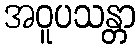
အဝူပသန္တာ